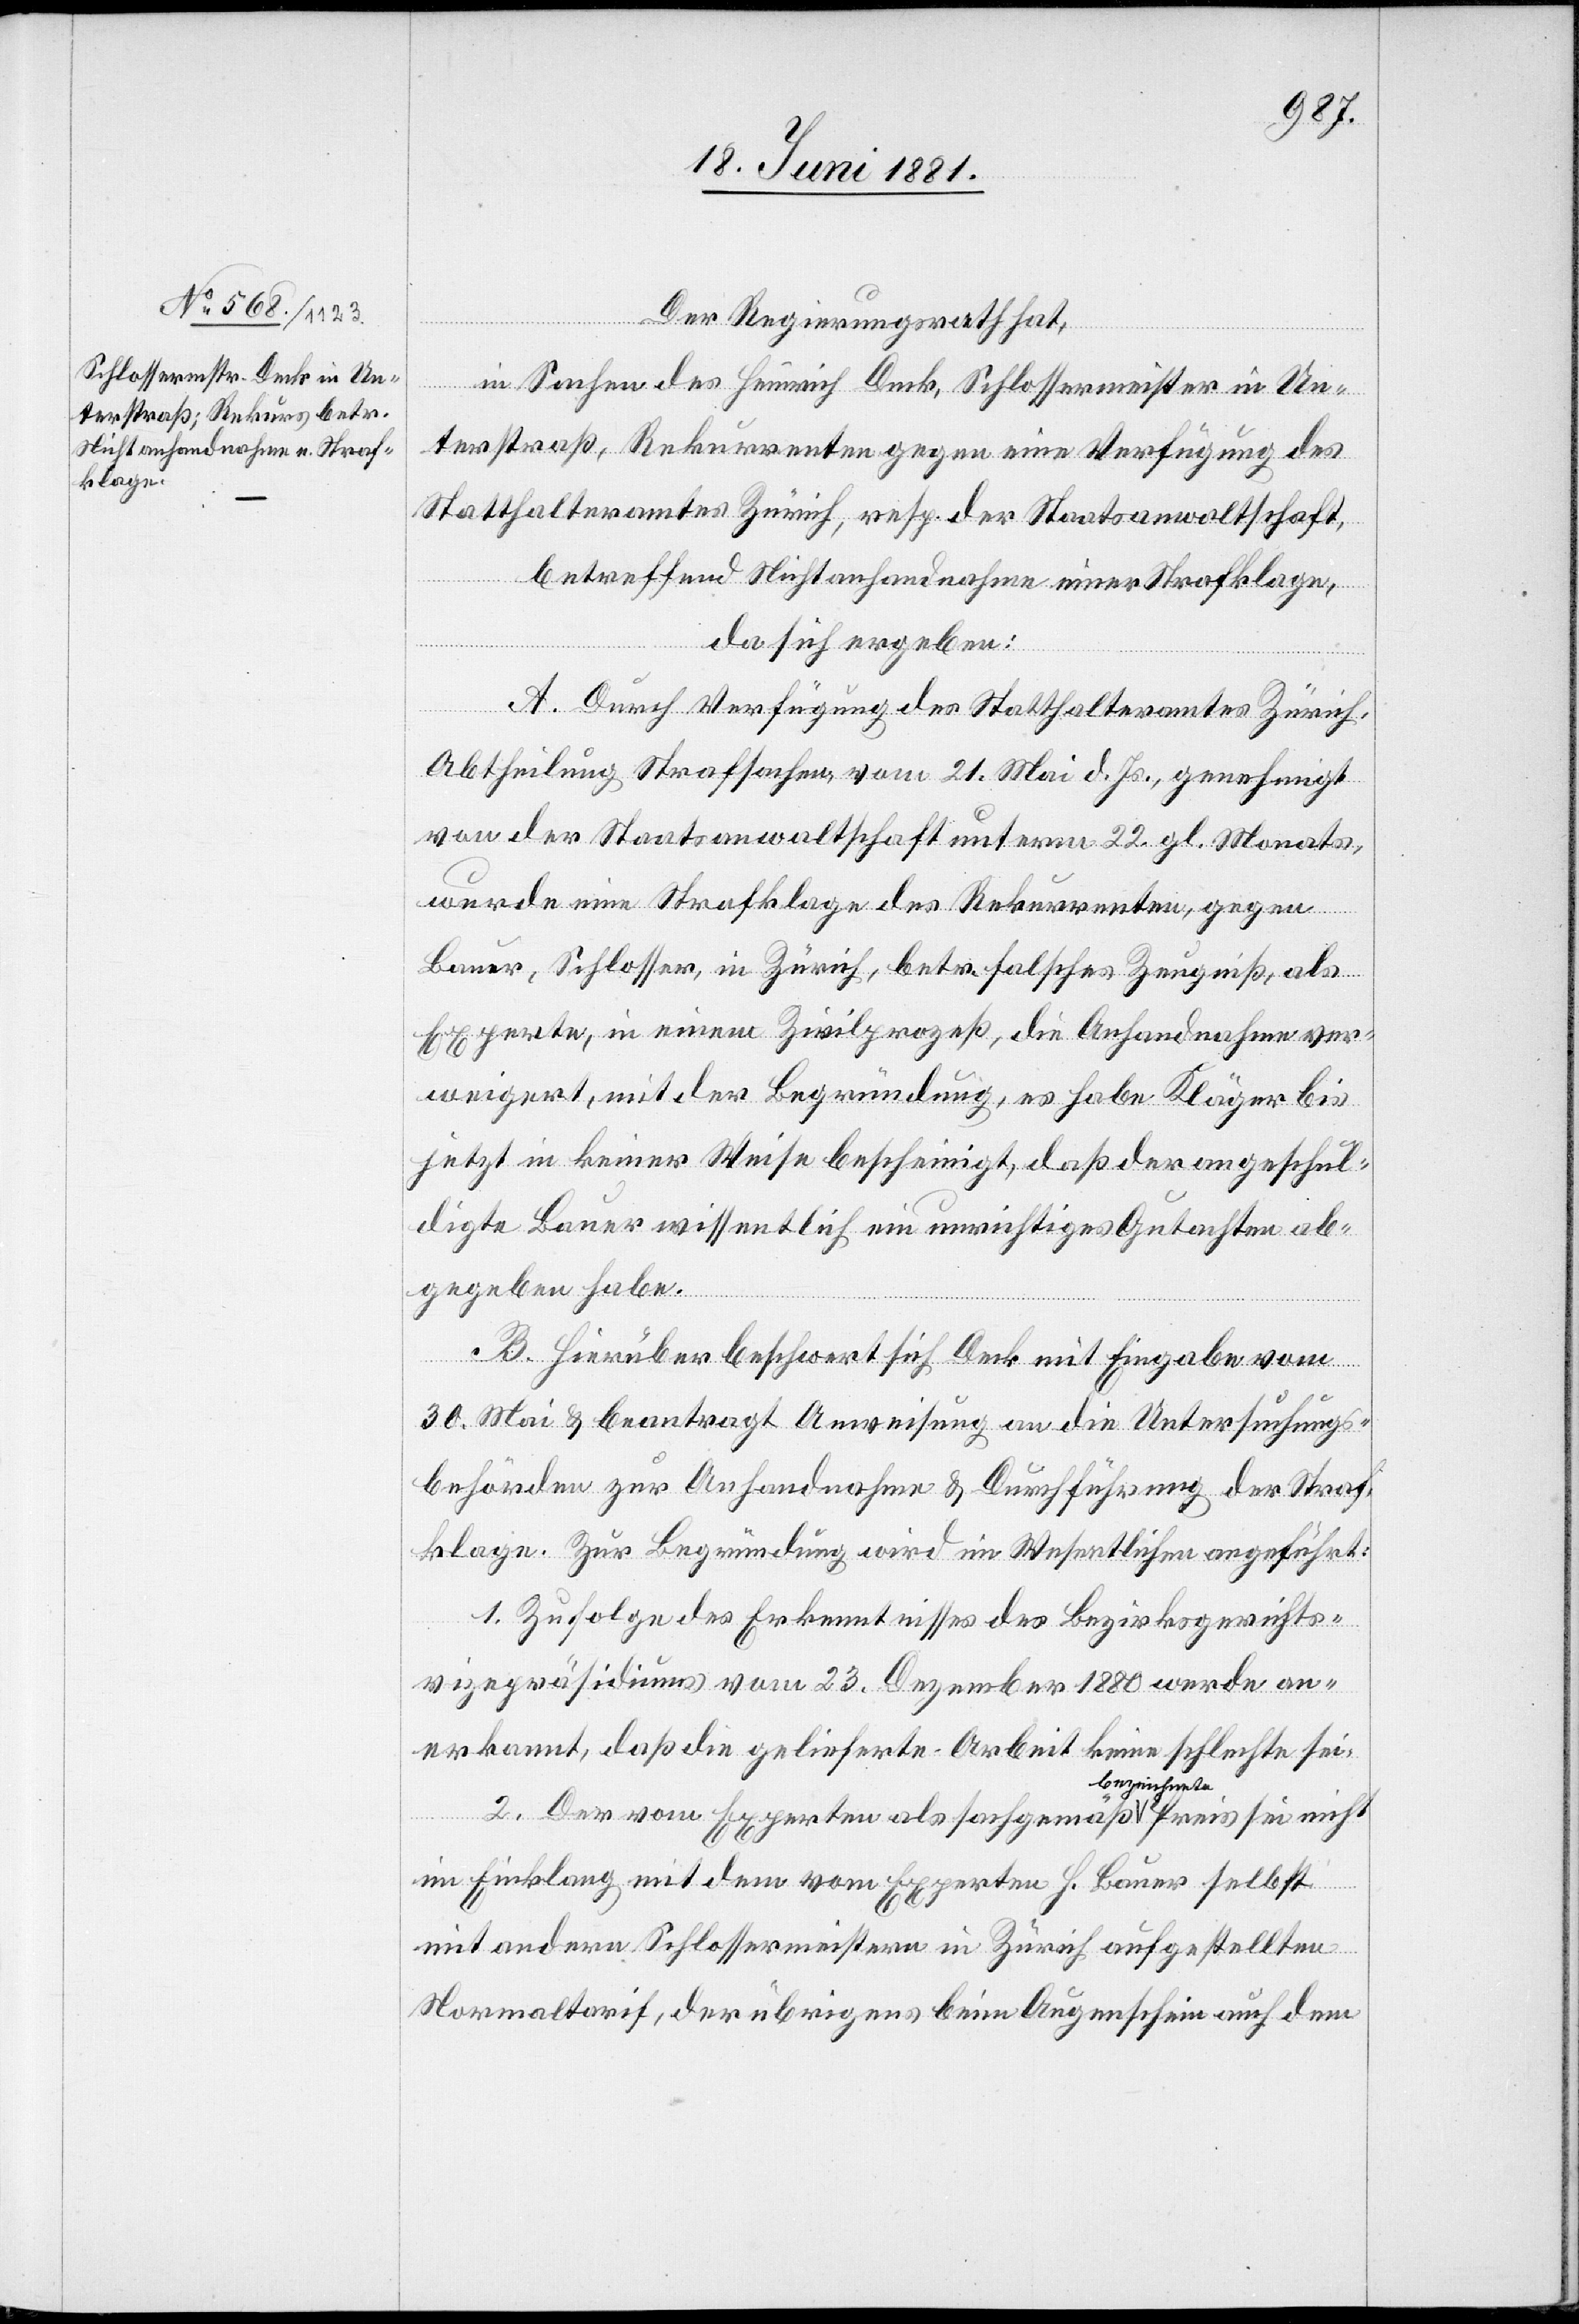
Der Regierungsrath hat,
in Sachen des Heinrich Deck, Schlossermeister in Un¬
terstraß, Rekurrenten gegen eine Verfügung des
Statthalteramtes Zürich, resp. der Staatsanwaltschaft,
betreffen Nichtanhandnahme einer Strafklage,
da sich ergeben:
A. Durch Verfügung des Statthalteramtes Zürich,
Abtheilung Strafsachen, vom 21. Mai d. Js. genehmigt
von der Staatsanwaltschaft unterm 22. gl. Monats,
wurde eine Strafklage des Rekurrenten, gegen
Bauer, Schlosser, in Zürich, betr. falsches Zeugniß, als
Experte, in einem Zivilprozeß, die Anhandnahme ver¬
weigert, mit der Begründung, es habe Kläger bis
jetzt in keiner Weise bescheinigt, daß der angeschul¬
digte Bauer wissentlich ein unrichtiges Gutachten ab¬
gegeben habe.
sei
B. Hierüber beschwert sich Deck mit Eingabe vom
30. Mai & beantragt Anweisung an die Untersuchungs¬
behörden zur Anhandnahme & Durchführung der Straf¬
klage. Zur Begründung wird im Wesentlichen angeführt.
1. Zufolge des Erkenntnisses des Bezirksgerichts¬
vizepräsidiums vom 23. Dezember 1880 werde an¬
erkannt, daß die gelieferte Arbeit keine schlechte sei.
2. Der von Experten als sachgemäß a-bezeich¬
im Einklang mit dem vom Experten H. Bauer selbst
mit andern Schlossermeistern in Zürich aufgestellten
Normaltarif, der übrigens beim Augenschein auch dem